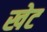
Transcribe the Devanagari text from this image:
खेट